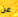
عن